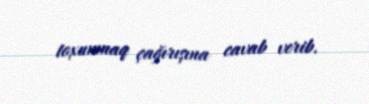
toxunmaq çağırışına cavab verib.